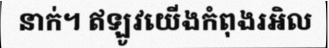
នាក់។ ឥឡូវយើងកំពុងរអិល